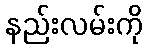
နည်းလမ်းကို